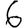
Digit: 6